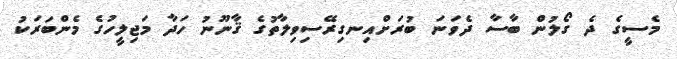
މެސީގެ ދެ ގޯލުން ބާސާ ދެވަނަ ބުރަށްއިނގިރޭސިވިލާތުގެ ޤާނޫނު ހަދާ މަޖިލީހުގެ މެންބަރަކު